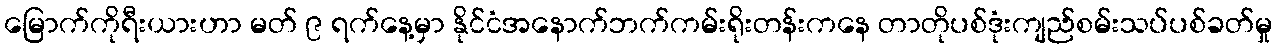
မြောက်ကိုရီးယားဟာ မတ် ၉ ရက်နေ့မှာ နိုင်ငံအနောက်ဘက်ကမ်းရိုးတန်းကနေ တာတိုပစ်ဒုံးကျည်စမ်းသပ်ပစ်ခတ်မှု